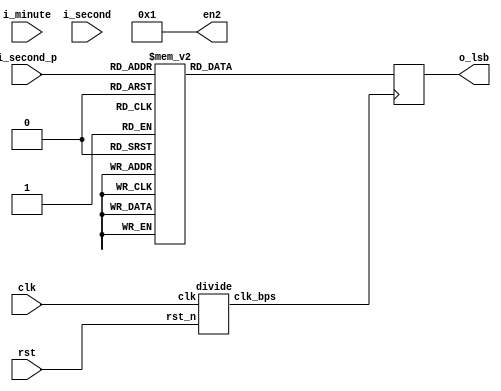
`timescale 1ns / 1ps
//////////////////////////////////////////////////////////////////////////////////
// Company: 
// Engineer: 
// 
// Design Name: 
// Module Name: display_time
// Project Name: 
// Target Devices: 
// Tool Versions: 
// Description: 
// 
// Dependencies: 
// 
// Revision:
// Revision 0.01 - File Created
// Additional Comments:
// 
//////////////////////////////////////////////////////////////////////////////////
module display_time (
	clk,rst,
	i_minute,
	i_second,
	i_second_p,
//	i_step,
//	i_twinkle,
//	o_index_n, // select one from 4 dynamic dig
//	o_seg_n, // 7 seg to show the number
	o_lsb, // 7 seg to show the lsb 
//	en1,
	en2
);

//input i_twinkle;
input clk;
input rst;
input [7:0] i_minute;
input [7:0] i_second;
input [3:0] i_second_p;
//input [2:0] i_step;
//output [3:0] o_index_n; // 5 numbers from left to rignt
//output [7:0] o_seg_n; // 7 segments and 1 point to show the number
output [7:0] o_lsb;
//output [3:0] en1;
output [3:0] en2;



//assign en1 = 4'b0001;
assign en2 = 4'b0001;

reg [2:0] scan_count;
reg [7:0] seg; // a,b,c,d,e,f,g,p 
reg [7:0] lsb;
wire clk_1Hz;

divide u1(clk,rst,clk_1Hz);

assign o_lsb = lsb;
//assign o_seg_n = seg;

always @ (posedge clk_1Hz) begin
	case (i_second_p)
		4'd0: lsb = 8'b11111100; // 0
		4'd1: lsb = 8'b01100000; // 1
		4'd2: lsb = 8'b11011010; // 2
		4'd3: lsb = 8'b11110010; // 3
		4'd4: lsb = 8'b01100110; // 4
		4'd5: lsb = 8'b10110110; // 5
		4'd6: lsb = 8'b10111110; // 6
		4'd7: lsb = 8'b11100000; // 7
		4'd8: lsb = 8'b11111110; // 8
		4'd9: lsb = 8'b11110110; // 9
		default: lsb = 8'b0000001;
	endcase
end

//always @ (posedge clk_1Hz) begin
//	case (i_step)
//		3'd0: seg[7:0] = 8'b11111100; // 0
//		3'd1: seg[7:0] = 8'b01100000; // 1
//		3'd2: seg[7:0] = 8'b11011010; // 2
//		3'd3: seg[7:0] = 8'b11110010; // 3
//		3'd4: seg[7:0] = 8'b01100110; // 4
//		3'd5: seg[7:0] = 8'b10110110; // 5
//        3'd6: seg[7:0] = 8'b10111110; // 6
//		default:seg[7:0] = 8'b00000001;
//	endcase
//end
endmodule 

module divide(
input clk,
input rst_n,
output clk_bps
    );
    reg [13:0] cnt_first,cnt_second;
    always@(posedge clk, negedge rst_n) 
        if( !rst_n )
            cnt_first <= 14'd0;
        else if (cnt_first == 14'd10000)
            cnt_first <= 14'd0;
        else
            cnt_first <= cnt_first + 1'b1;
    always@(posedge clk, negedge rst_n) 
        if( !rst_n )
             cnt_second <= 14'd0;
        else if (cnt_second == 14'd10000)
             cnt_second <= 14'd0;
        else if ( cnt_first == 14'd10000)
             cnt_second <= cnt_second + 1'b1;   
        else 
            cnt_second <= cnt_second;       
    assign clk_bps = cnt_second == 14'd10000;              
endmodule